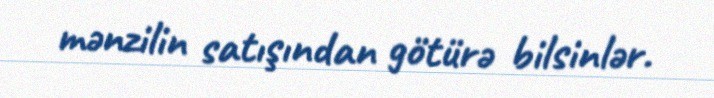
mənzilin satışından götürə bilsinlər.